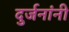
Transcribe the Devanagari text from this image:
दुर्जनांनी